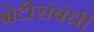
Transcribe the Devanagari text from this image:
भेटीसंबंधी